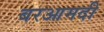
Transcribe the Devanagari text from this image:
बरआमदी